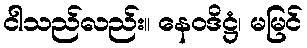
ငါသည်လည်း။ နေဝဒိဋ္ဌံ၊ မမြင်